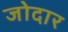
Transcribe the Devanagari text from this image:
जोदार